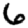
Digit: 6